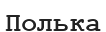
Полька